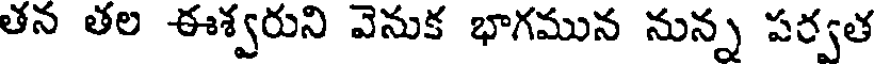
తన తల ఈశ్వరుని వెనుక భాగమున నున్న పర్వత